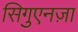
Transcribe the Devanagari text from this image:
सिगुएनज़ा